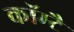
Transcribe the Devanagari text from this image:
कॉम्टै